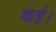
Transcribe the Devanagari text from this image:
कई।